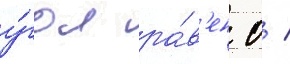
у́гол ра́в'ен 0 /